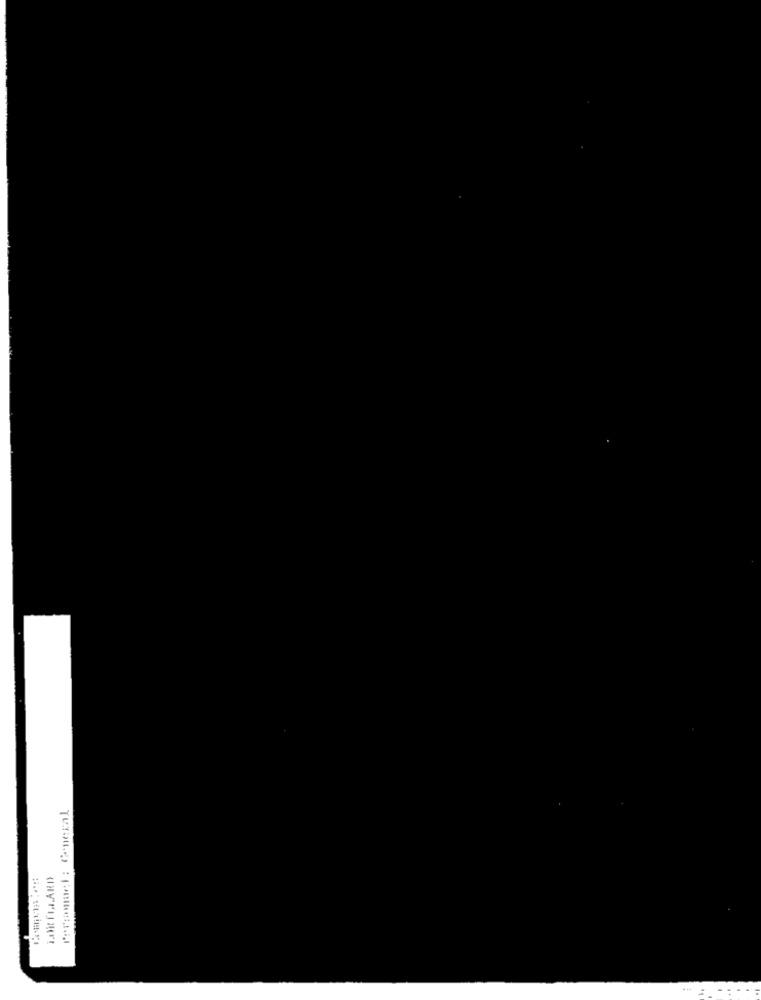
Porannacl : General